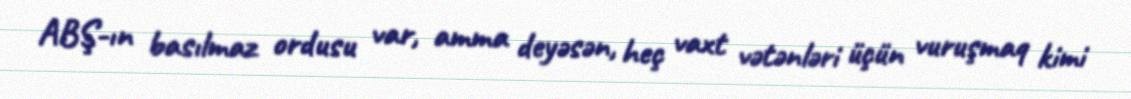
ABŞ-ın basılmaz ordusu var, amma deyəsən, heç vaxt vətənləri üçün vuruşmaq kimi